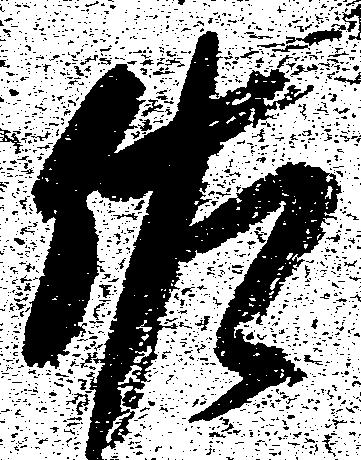
佐